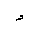
Letter: _hamza